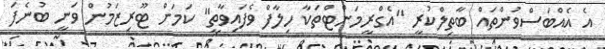
އެ އެއްބަސްވުންތައް ބާތިލްކުރީ "އެގްރީމަންޓްތަކާ ހިލާފް ވެފައިވާތީ" ކަމަށް ޓޫރިޒަމުން ވަނީ ބުނެފަ